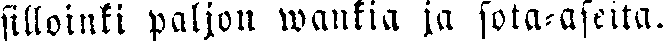
silloinki paljon wankia ja sota-aseita.